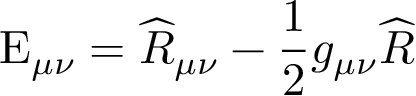
\mathrm { E } _ { \mu \nu } = \widehat { R } _ { \mu \nu } - \frac { 1 } { 2 } g _ { \mu \nu } \widehat { R }